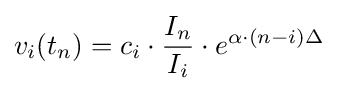
v_{i}(t_{n})=c_{i}\cdot {\frac {I_{n}}{I_{i}}}\cdot e^{\alpha \cdot (n-i)\Delta }